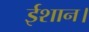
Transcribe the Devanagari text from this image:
ईशान।